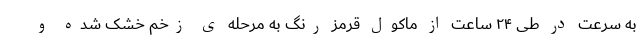
به سرعت در طی ۲۴ ساعت از ماکول قرمز رنگ به مرحله ی زخم خشک شده و